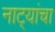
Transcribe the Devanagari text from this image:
नाट्यांचा